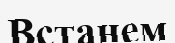
Встанем